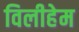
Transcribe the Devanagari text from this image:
विलीहेम